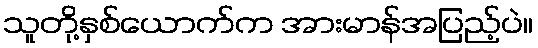
သူတို့နှစ်ယောက်က အားမာန်အပြည့်ပဲ။